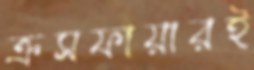
ক্রসফায়ারই